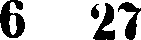
6 27